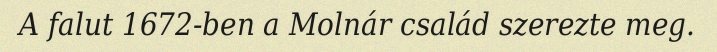
A falut 1672-ben a Molnár család szerezte meg.